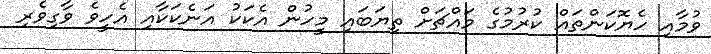
ވުމާއި ހެޔޮކަންތައް ކުރުމުގެ މައްޗަށް ތިޔަބައި މީހުން އެކަކު އަނެކަކާއި އެހީވެ ވާގިވެރި